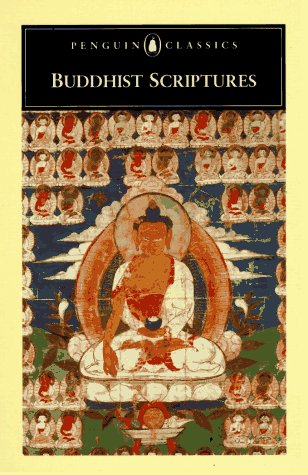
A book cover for Buddhist Scriptures (Classics S); Anonymous; Religion & Spirituality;